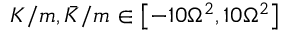
K / m , \bar { K } / m \in \left[ - 1 0 \Omega ^ { 2 } , 1 0 \Omega ^ { 2 } \right]